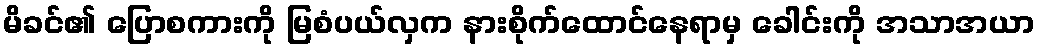
မိခင်၏ ပြောစကားကို မြစံပယ်လှက နားစိုက်ထောင်နေရာမှ ခေါင်းကို အသာအယာ